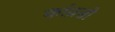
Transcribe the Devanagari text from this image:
कांग्रसी